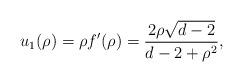
LaTeX: \begin{align*}u_1(\rho)=\rho f'(\rho)=\frac{2\rho\sqrt{d-2}}{d-2+\rho^2},\end{align*}